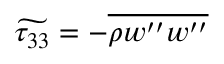
\widetilde { \tau _ { 3 3 } } = - \overline { { \rho w ^ { \prime \prime } w ^ { \prime \prime } } }